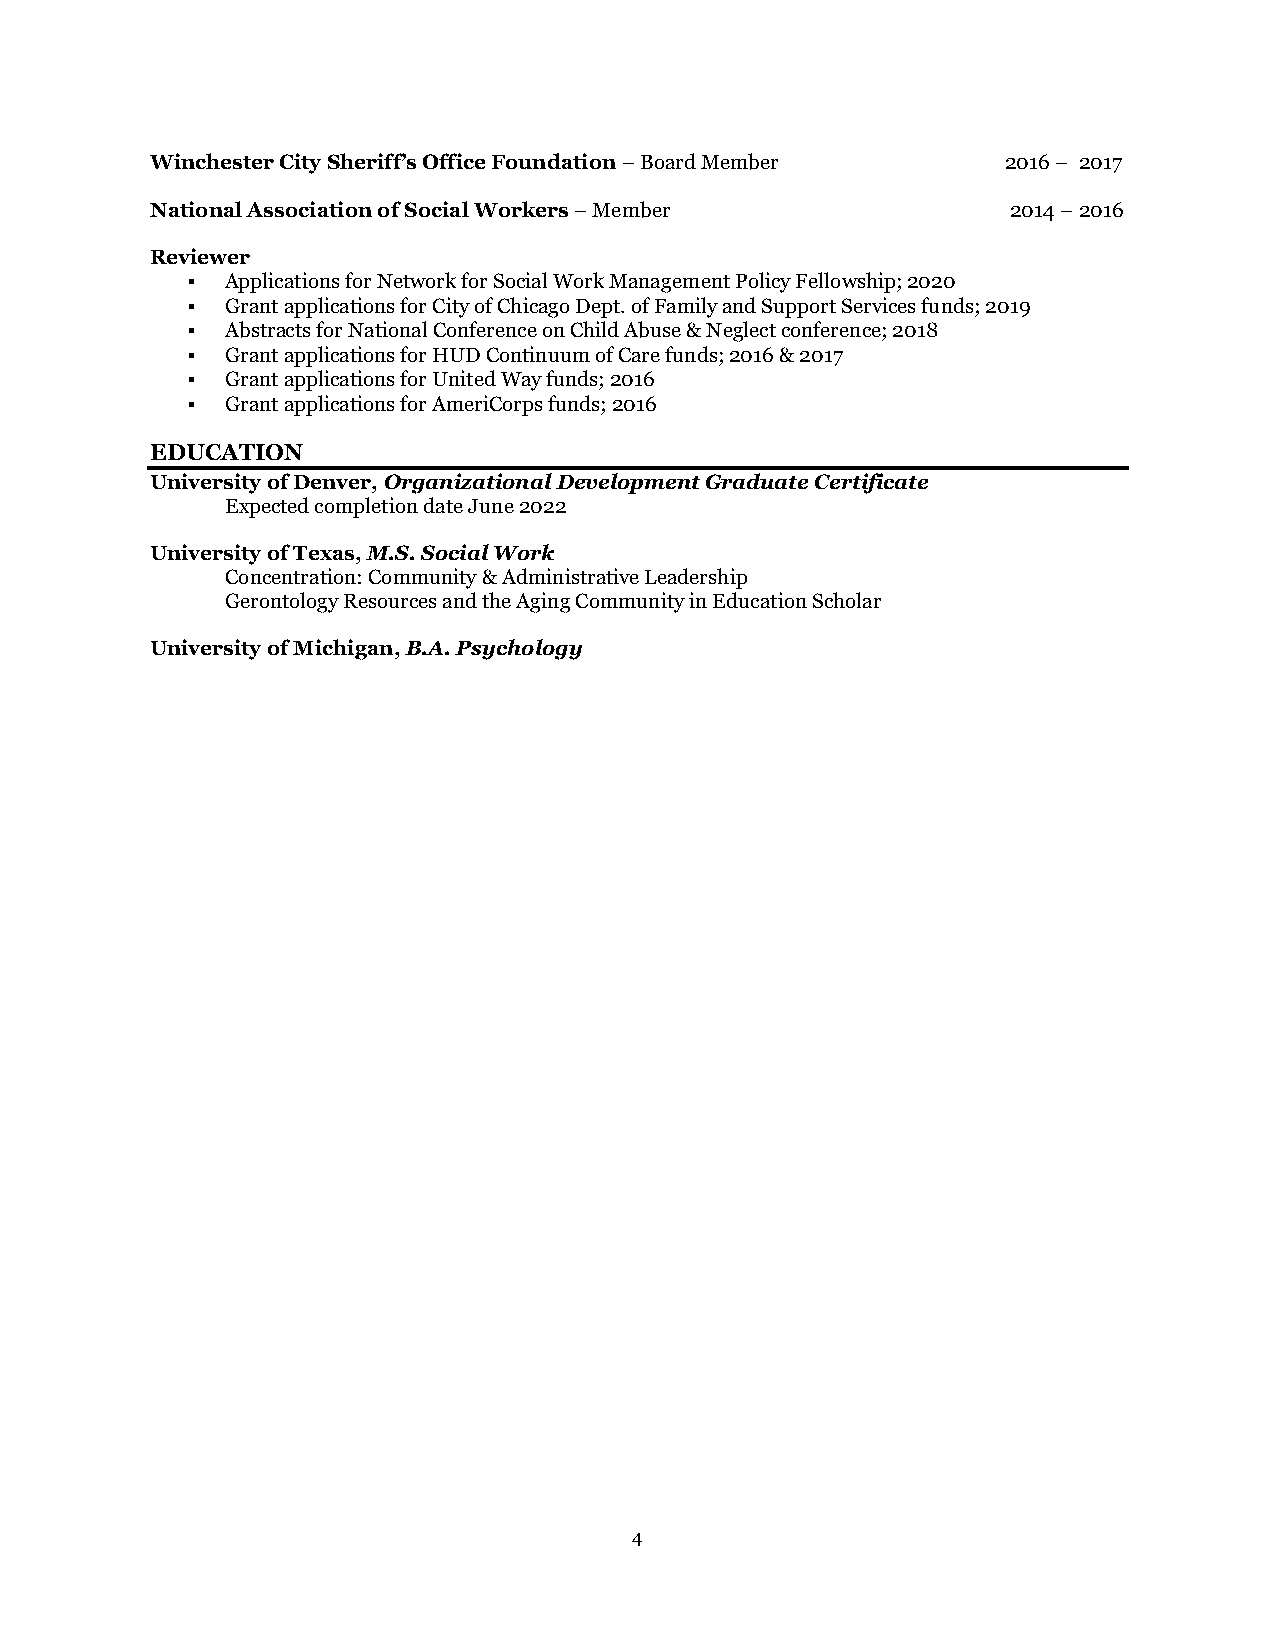
Winchester City Sheriff’s Office Foundation – Board Member 2016 – 2017
 National Association of Social Workers – Member          2014 – 2016
 Reviewer
 ▪  Applications for Network for Social Work Management Policy Fellowship; 2020
 ▪  Grant applications for City of Chicago Dept. of Family and Support Services funds; 2019
 ▪  Abstracts for National Conference on Child Abuse & Neglect conference; 2018
 ▪  Grant applications for HUD Continuum of Care funds; 2016 & 2017
 ▪  Grant applications for United Way funds; 2016
 ▪  Grant applications for AmeriCorps funds; 2016
 EDUCATION
 University of Denver, Organizational Development Graduate Certificate
 Expected completion date June 2022
 University of Texas, M.S. Social Work
 Concentration: Community & Administrative Leadership
 Gerontology Resources and the Aging Community in Education Scholar
 University of Michigan, B.A. Psychology
 4